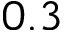
0 . 3